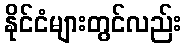
နိုင်ငံများတွင်လည်း